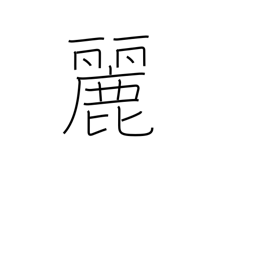
Meaning: lovely